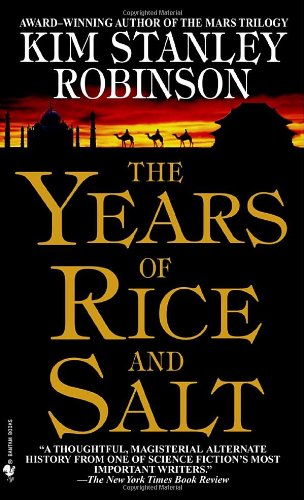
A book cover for The Years of Rice and Salt; Kim Stanley Robinson; Science Fiction & Fantasy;